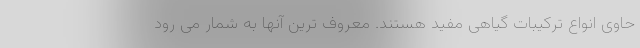
حاوی انواع ترکیبات گیاهی مفید هستند. معروف ترین آنها به شمار می رود